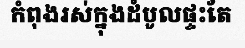
កំពុងរស់ក្នុងដំបូលផ្ទះតែ